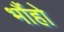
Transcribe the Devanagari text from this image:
भौंहो